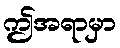
ဤအရာမှာ